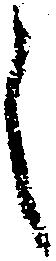
之